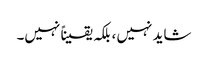
شاید نہیں ، بلکہ یقیناً نہیں۔